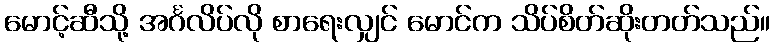
မောင့်ဆီသို့ အင်္ဂလိပ်လို စာရေးလျှင် မောင်က သိပ်စိတ်ဆိုးတတ်သည်။